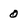
Character: 0